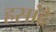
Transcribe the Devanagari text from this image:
हसांदे